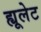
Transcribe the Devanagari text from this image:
ह्यूलेट